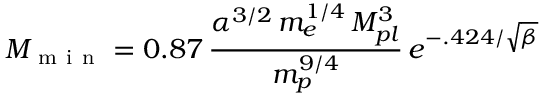
M _ { \mathrm { ~ m ~ i ~ n ~ } } = 0 . 8 7 \, \frac { \alpha ^ { 3 / 2 } \, m _ { e } ^ { 1 / 4 } \, M _ { p l } ^ { 3 } } { m _ { p } ^ { 9 / 4 } } \, e ^ { - . 4 2 4 / \sqrt { \beta } }